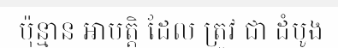
ប៉ុន្មាន អាបត្តិ ដែល ត្រូវ ជា ដំបូង